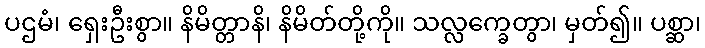
ပဌမံ၊ ရှေးဦးစွာ။ နိမိတ္တာနိ၊ နိမိတ်တို့ကို။ သလ္လက္ခေတွာ၊ မှတ်၍။ ပစ္ဆာ၊